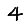
Digit: 4